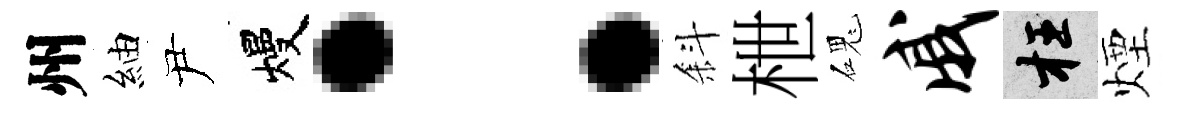
州紬尹熳：斜枻磈戚枉煙